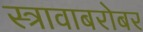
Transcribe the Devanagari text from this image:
स्त्रावाबरोबर